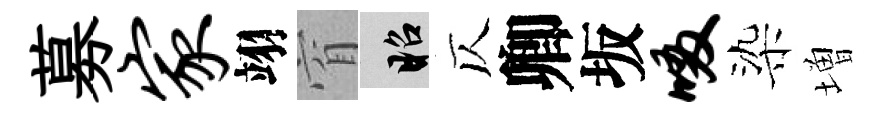
募家翊窅昭仄卿坂啜染増